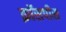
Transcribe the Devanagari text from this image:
क्रॉसपीस